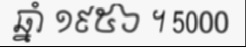
ឆ្នាំ ១៩៥៦ ។ 5000